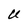
Character: U